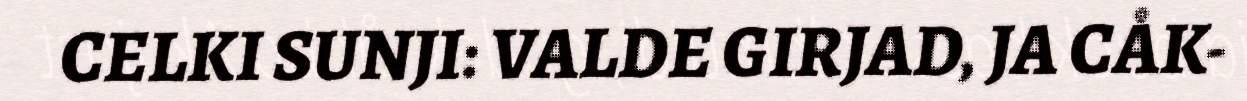
CELKI SUNJI: VALDE GIRJAD, JA CÅK-